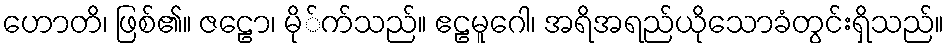
ဟောတိ၊ ဖြစ်၏။ ဇဠော၊ မို်က်သည်။ ဧဠမူဂေါ၊ အရိအရည်ယိုသောခံတွင်းရှိသည်။